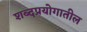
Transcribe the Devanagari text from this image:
शब्दप्रयोगातील